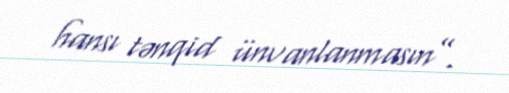
hansı tənqid ünvanlanmasın”.